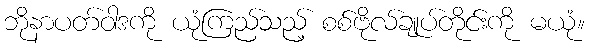
ဘိုနာပတ်ဝါဒကို ယုံကြည်သည့် စစ်ဗိုလ်ချုပ်တိုင်းကို မယုံ။